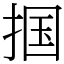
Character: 掴